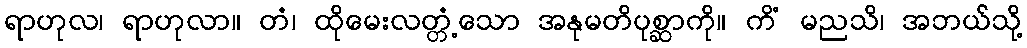
ရာဟုလ၊ ရာဟုလာ။ တံ၊ ထိုမေးလတ္တံ့သော အနုမတိပုစ္ဆာကို။ ကိံ မညသိ၊ အဘယ်သို့